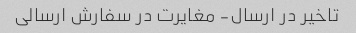
تاخیر در ارسال- مغایرت در سفارش ارسالی